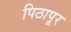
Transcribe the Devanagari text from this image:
पिठापूर